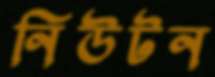
নিউটন